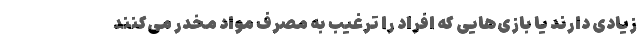
زیادی دارند یا بازی‌هایی که افراد را ترغیب به مصرف مواد مخدر می‌کنند